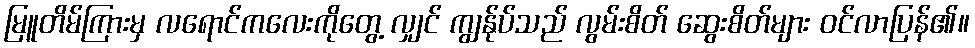
မြူတိမ်ကြားမှ လရောင်ကလေးကိုတွေ့ လျှင် ကျွန်ုပ်သည် လွမ်းစိတ် ဆွေးစိတ်များ ဝင်လာပြန်၏။